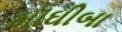
મૉઘીબા